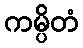
ကမ္ပိတံ